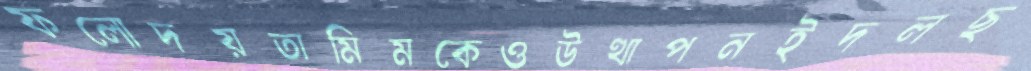
ফলোদয়তামিমকেওউত্থাপনইদলছ